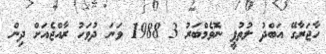
ހާޖަރާގޭ އަބްދު ލުތުފީ ނޮވެމްބަރު 3 1988 ވަނަ ދުވަހު ރާއްޖެއަށް ދިން